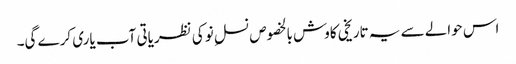
اس حوالے سے یہ تاریخی کاوش بالخصوص نسلِ نو کی نظریاتی آب یاری کرے گی۔